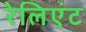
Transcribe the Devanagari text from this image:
रेलिएंट